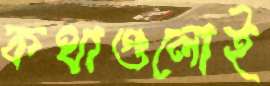
কথাগুলোই